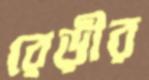
রেড়ীর